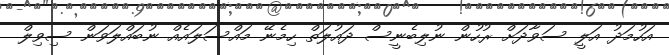
އަހުމަދު އަލީ ސަވާދަށް ރުހުން ނުލިބެނީސް ދައުލަތް ހިމެނޭ މައްސަލައެއް ނުބައްލަވަން ސިވިލް